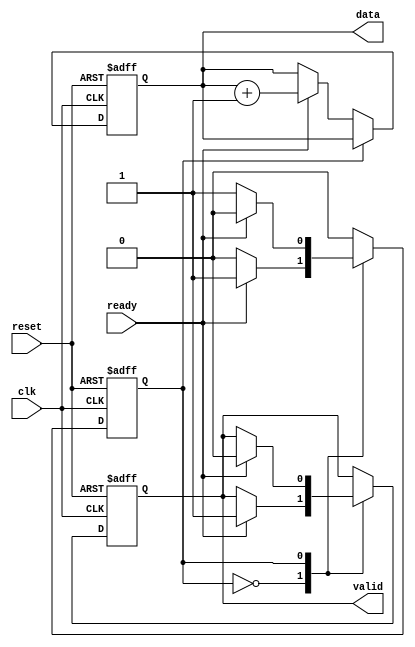
module ready_valid_handshake #(
    parameter DATA_WIDTH = 8  // Define the width of the data bus
)(
    input wire clk,              // Common clock signal
    input wire reset,            // Asynchronous reset signal
    output reg valid,            // Producer's valid signal
    input wire ready,            // Consumer's ready signal
    output reg [DATA_WIDTH-1:0] data // Data signal
);

// State definition for producer
localparam WAIT = 1'b0;
localparam SEND = 1'b1;

reg producer_state; // Current state of the producer

// Initial state
initial begin
    producer_state = WAIT;
    valid = 1'b0;
    data = {DATA_WIDTH{1'b0}}; // Initialize data
end

// Producer state machine
always @(posedge clk or posedge reset) begin
    if (reset) begin
        producer_state <= WAIT;
        valid <= 1'b0;
        data <= {DATA_WIDTH{1'b0}};
    end else begin
        case (producer_state)
            WAIT: begin
                // Wait for the consumer to be ready
                if (ready) begin
                    // Generate new data
                    data <= data + 1; // Example data generation
                    valid <= 1'b1;    // Assert valid signal
                    producer_state <= SEND; // Move to SEND state
                end
            end
            SEND: begin
                // Check if the consumer is ready to receive data
                if (ready) begin
                    // Data transfer occurs
                    // Deassert valid signal after sending data
                    valid <= 1'b0;
                    producer_state <= WAIT; // Go back to WAIT state
                end
            end
        endcase
    end
end

endmodule